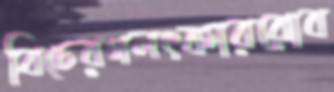
বিচেরগলৎকাররোব